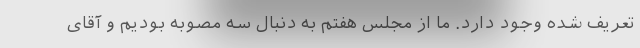
تعریف شده وجود دارد. ما از مجلس هفتم به دنبال سه مصوبه بودیم و آقای